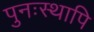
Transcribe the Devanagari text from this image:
पुनःस्थापि